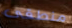
منطقى